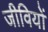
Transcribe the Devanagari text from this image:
जीवियों